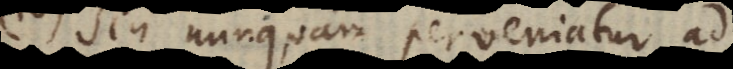
Sin nunquam perveniatur ad